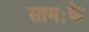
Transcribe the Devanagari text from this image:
सामःके